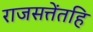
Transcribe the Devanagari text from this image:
राजसत्तेंतहि